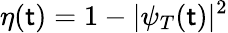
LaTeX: \eta(\mathsf{t})=1-|\psi_{T}(\mathsf{t})|^{2}